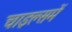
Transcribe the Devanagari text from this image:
चाइल्समें